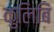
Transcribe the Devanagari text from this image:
कुलिबिं